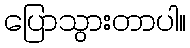
ပြောသွားတာပါ။